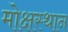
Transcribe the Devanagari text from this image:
मोक्षस्थान